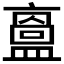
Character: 𥂬